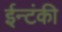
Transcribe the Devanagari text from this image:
ईन्टंकी